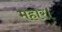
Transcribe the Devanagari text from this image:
महार।